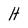
Character: H